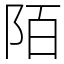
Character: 陌